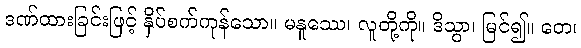
ဒဏ်ထားခြင်းဖြင့် နှိပ်စက်ကုန်သော။ မနူဿေ၊ လူတို့ကို။ ဒိသွာ၊ မြင်၍။ တေ၊